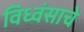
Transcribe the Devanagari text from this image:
विध्वंसाचे